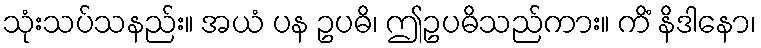
သုံးသပ်သနည်း။ အယံ ပန ဥပဓိ၊ ဤဥပဓိသည်ကား။ ကိံ နိဒါနော၊